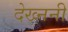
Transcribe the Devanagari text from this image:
देख्ननी